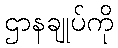
ဌာနချုပ်ကို